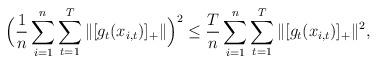
LaTeX: \begin{align*}\Big(\frac{1}{n}\sum_{i=1}^n\sum_{t=1}^T\|[g_{t}(x_{i,t})]_+\|\Big)^2\le\frac{T}{n}\sum_{i=1}^n\sum_{t=1}^T\|[g_{t}(x_{i,t})]_+\|^2,\end{align*}